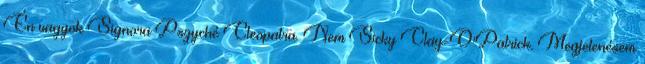
Én vagyok Signora Pszyché Cleopatra. Nem Sicky Clay-O'Patrick. Megjelenésem